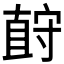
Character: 𪧡